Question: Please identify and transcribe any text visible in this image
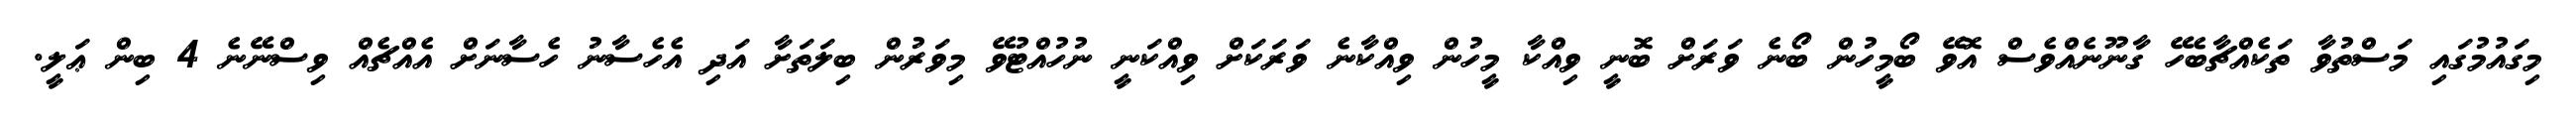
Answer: މިގައުމުގައި މަސްތުވާ ތަކެއްޗާބެހޭ ގާނޫނެއްވެސް އޮވޭ ބޯމީހުން ބޯނެ ވަރަށް ބޮނީ ވިއްކާ މީހުން ވިއްކާނެ ވަރަކަށް ވިއްކަނީ ނުހުއްޓުވޭ މިވަރުން ބިލަތަށާ އަދި އެހެސާނު ހެސާނަށް އެއްޗެއް ވިސްނޭނެ 4 ބިން ޢަލީ.